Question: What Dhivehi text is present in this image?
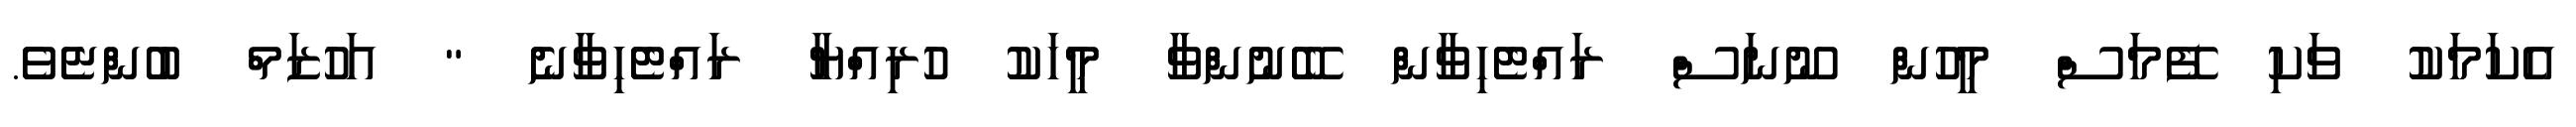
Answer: އެކަމަކު ވަކި ފޭމަސް މީހުން ނޫނަސް ރައްޓެހިވާން ބޭނުންވާ މީހަކު ހުރިއްޔާ ރައްޓެހިވާނެ " އަހުޒަމް ބުންޏެވެ.